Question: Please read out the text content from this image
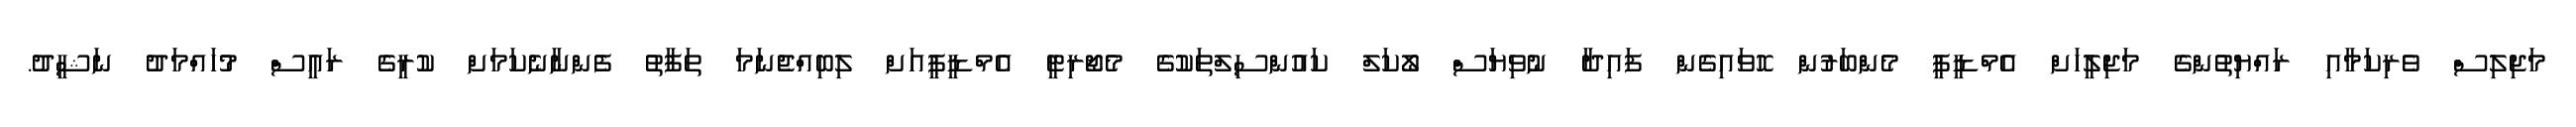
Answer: މަޖިލިސް ވެރިކަމާއި ރައްޔިތުންގެ މަޖިލީހަށް އެމްޑީޕީ މެންބަރުން ހޮވައިގެން ފައިދާ ނުވިޔަސް ލޯކަލް ކައުންސިލްތަކުގެ މެޖޯރިޓީ އެމްޑީޕީއަށް ލިބިއްޖެނަމަ ތަފާތު ފެންނާނެކަމަށް ކުރީގެ ރައީސް މުހައްމަދު ނަޝީދު.